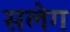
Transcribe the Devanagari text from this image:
सलेग